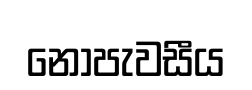
නොපැවසීය